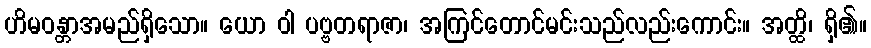
ဟိမဝန္တာအမည်ရှိသော။ ယော ဝါ ပဗ္ဗတရာဇာ၊ အကြင်တောင်မင်းသည်လည်းကောင်း။ အတ္ထိ၊ ရှိ၏။